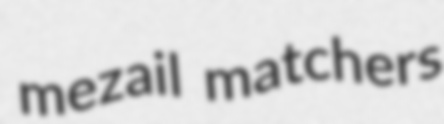
mezail matchers